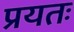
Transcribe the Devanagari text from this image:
प्रयतः